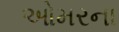
ઓમરના